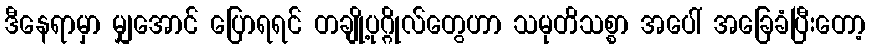
ဒီနေရာမှာ မျှအောင် ပြောရရင် တချို့ပုဂ္ဂိုလ်တွေဟာ သမုတိသစ္စာ အပေါ် အခြေခံပြီးတော့